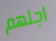
اجلهم